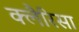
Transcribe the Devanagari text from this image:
क्लैरिसा